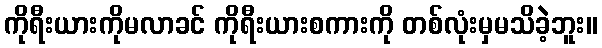
ကိုရီးယားကိုမလာခင် ကိုရီးယားစကားကို တစ်လုံးမှမသိခဲ့ဘူး။